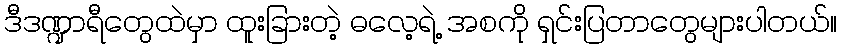
ဒီဒဏ္ဍာရီတွေထဲမှာ ထူးခြားတဲ့ ဓလေ့ရဲ့ အစကို ရှင်းပြတာတွေများပါတယ်။